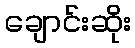
ချောင်းဆိုး